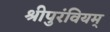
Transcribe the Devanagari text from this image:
श्रीपुरंवियम्